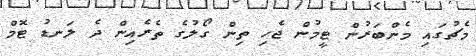
މެޗުގައި މެންބަރުން ޓީމުން ޖެހި ތިން ގޯލުގެ ތެރެއިން ދެ ލަނޑު ޓޮމް